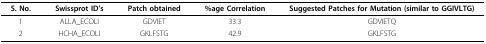
<table><thead><tr><td><b>S. No.</b></td><td><b>Swissprot ID&#x27;s</b></td><td><b>Patch obtained</b></td><td><b>%age Correlation</b></td><td><b>Suggested Patches for Mutation (similar to GGIVLTG)</b></td></tr></thead><tbody><tr><td>1</td><td>ALLA_ECOLI</td><td>GDVIET</td><td>33.3</td><td>GDVIETQ</td></tr><tr><td>2</td><td>HCHA_ECOLI</td><td>GKLFSTG</td><td>42.9</td><td>GKLFSTG</td></tr></tbody></table>